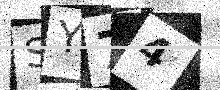
Text: SY74